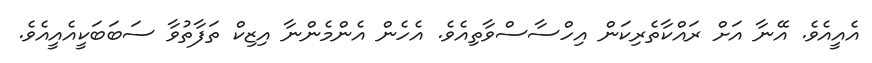
އެއީއެވެ. އޭނާ އަށް ރައްކާތެރިކަން އިހްސާސްވާތިއެވެ. އެހެން އެންމެންނާ އިޒިކް ތަފާތުވާ ސަބަބަކީއެއީއެވެ.